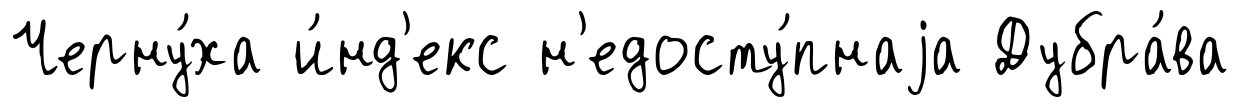
Черну́ха и́нд'екс н'едосту́пнаjа Дубра́ва